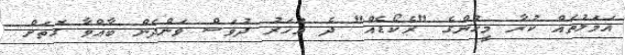
އަމަލުތައް ކުރާ މީހުންގެ "ރެކޯޑެއް" ދެ އަހަރު ދުވަސް ވަންދެން ބާއްވާ ގޮތަށް